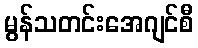
မွန်သတင်းအေဂျင်စီ